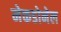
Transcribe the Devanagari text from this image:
मेकडोनेल